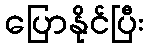
ပြောနိုင်ပြီး